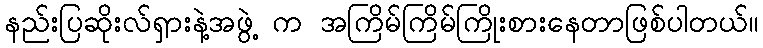
နည်းပြဆိုးလ်ရှားနဲ့အဖွဲ့ က အကြိမ်ကြိမ်ကြိုးစားနေတာဖြစ်ပါတယ်။